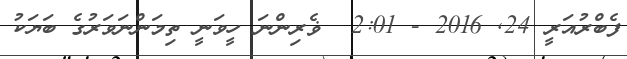
ފެބްރުއަރީ 24